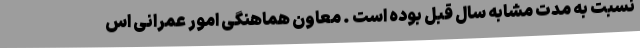
نسبت به مدت مشابه سال قبل بوده است . معاون هماهنگی امور عمرانی اس